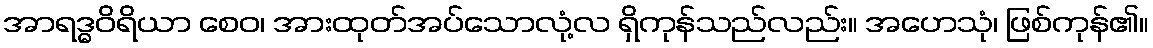
အာရဒ္ဓဝိရိယာ စေဝ၊ အားထုတ်အပ်သောလုံ့လ ရှိကုန်သည်လည်း။ အဟေသုံ၊ ဖြစ်ကုန်၏။